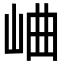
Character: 𪨰